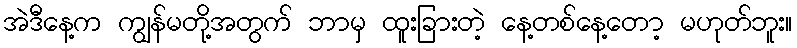
အဲဒီနေ့က ကျွန်မတို့အတွက် ဘာမှ ထူးခြားတဲ့ နေ့တစ်နေ့တော့ မဟုတ်ဘူး။